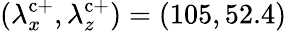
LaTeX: (\lambda_{x}^{\mathrm{c}+},\lambda_{z}^{\mathrm{c}+})=(105,52.4)